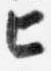
匕